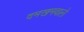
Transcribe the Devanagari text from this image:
दमखमवाले